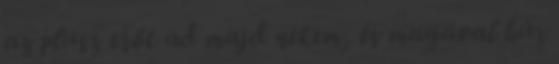
az plusz erőt ad majd nekem, és magával húz